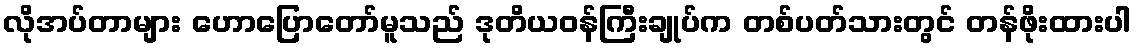
လိုအပ်တာများ ဟောပြောတော်မူသည် ဒုတိယဝန်ကြီးချုပ်က တစ်ပတ်သားတွင် တန်ဖိုးထားပါ